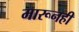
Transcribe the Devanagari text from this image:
मारूनही